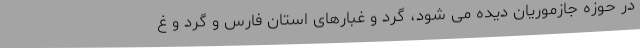
در حوزه جازموریان دیده می شود، گرد و غبارهای استان فارس و گرد و غ